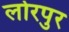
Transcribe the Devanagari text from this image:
लोरपुर